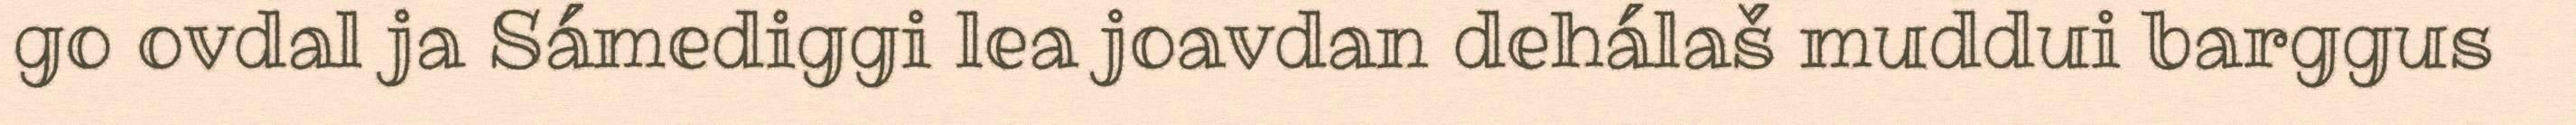
go ovdal ja Sámediggi lea joavdan dehálaš muddui barggus